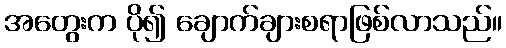
အတွေးက ပို၍ ချောက်ချားစရာဖြစ်လာသည်။